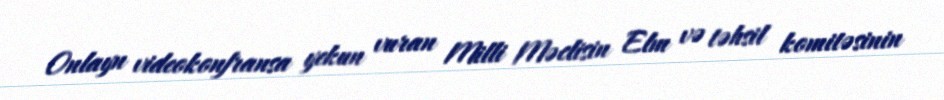
Onlayn videokonfransa yekun vuran Milli Məclisin Elm və təhsil komitəsinin